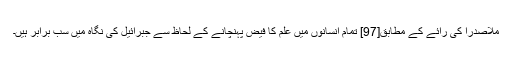
ملاصدرا کی رائے کے مطابق[97] تمام انسانوں میں علم کا فیض پہنچانے کے لحاظ سے جبرائیل کی نگاہ میں سب برابر ہیں۔